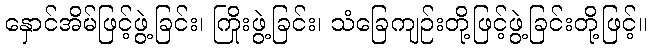
နှောင်အိမ်ဖြင့်ဖွဲ့ခြင်း၊ ကြိုးဖွဲ့ခြင်း၊ သံခြေကျဉ်းတို့ဖြင့်ဖွဲ့ခြင်းတို့ဖြင့်။